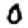
Digit: 0